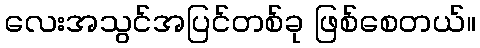
လေးအသွင်အပြင်တစ်ခု ဖြစ်စေတယ်။